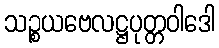
သဉ္စယဗေလဋ္ဌပုတ္တဝါဒေါ